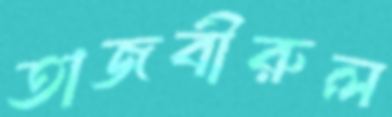
তাজবীরুল